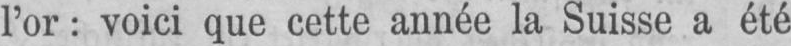
l’or: voici que cette année la Suisse a été